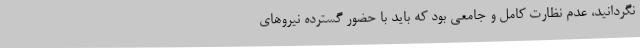
نگردانید، عدم نظارت کامل و جامعی بود که باید با حضور گسترده نیروهای